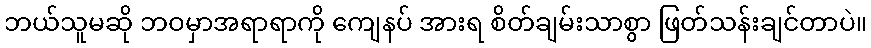
ဘယ်သူမဆို ဘဝမှာအရာရာကို ကျေနပ် အားရ စိတ်ချမ်းသာစွာ ဖြတ်သန်းချင်တာပဲ။